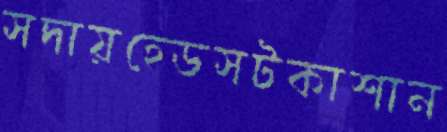
সদায়হেডসটকাশান